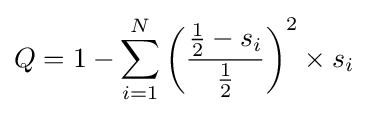
Q=1-\sum _{i=1}^{N}\left({\frac {{\tfrac {1}{2}}-s_{i}}{\tfrac {1}{2}}}\right)^{2}\times s_{i}